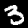
Digit: 3